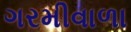
ગરમીવાળા